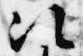
次